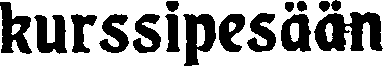
kurssipesään